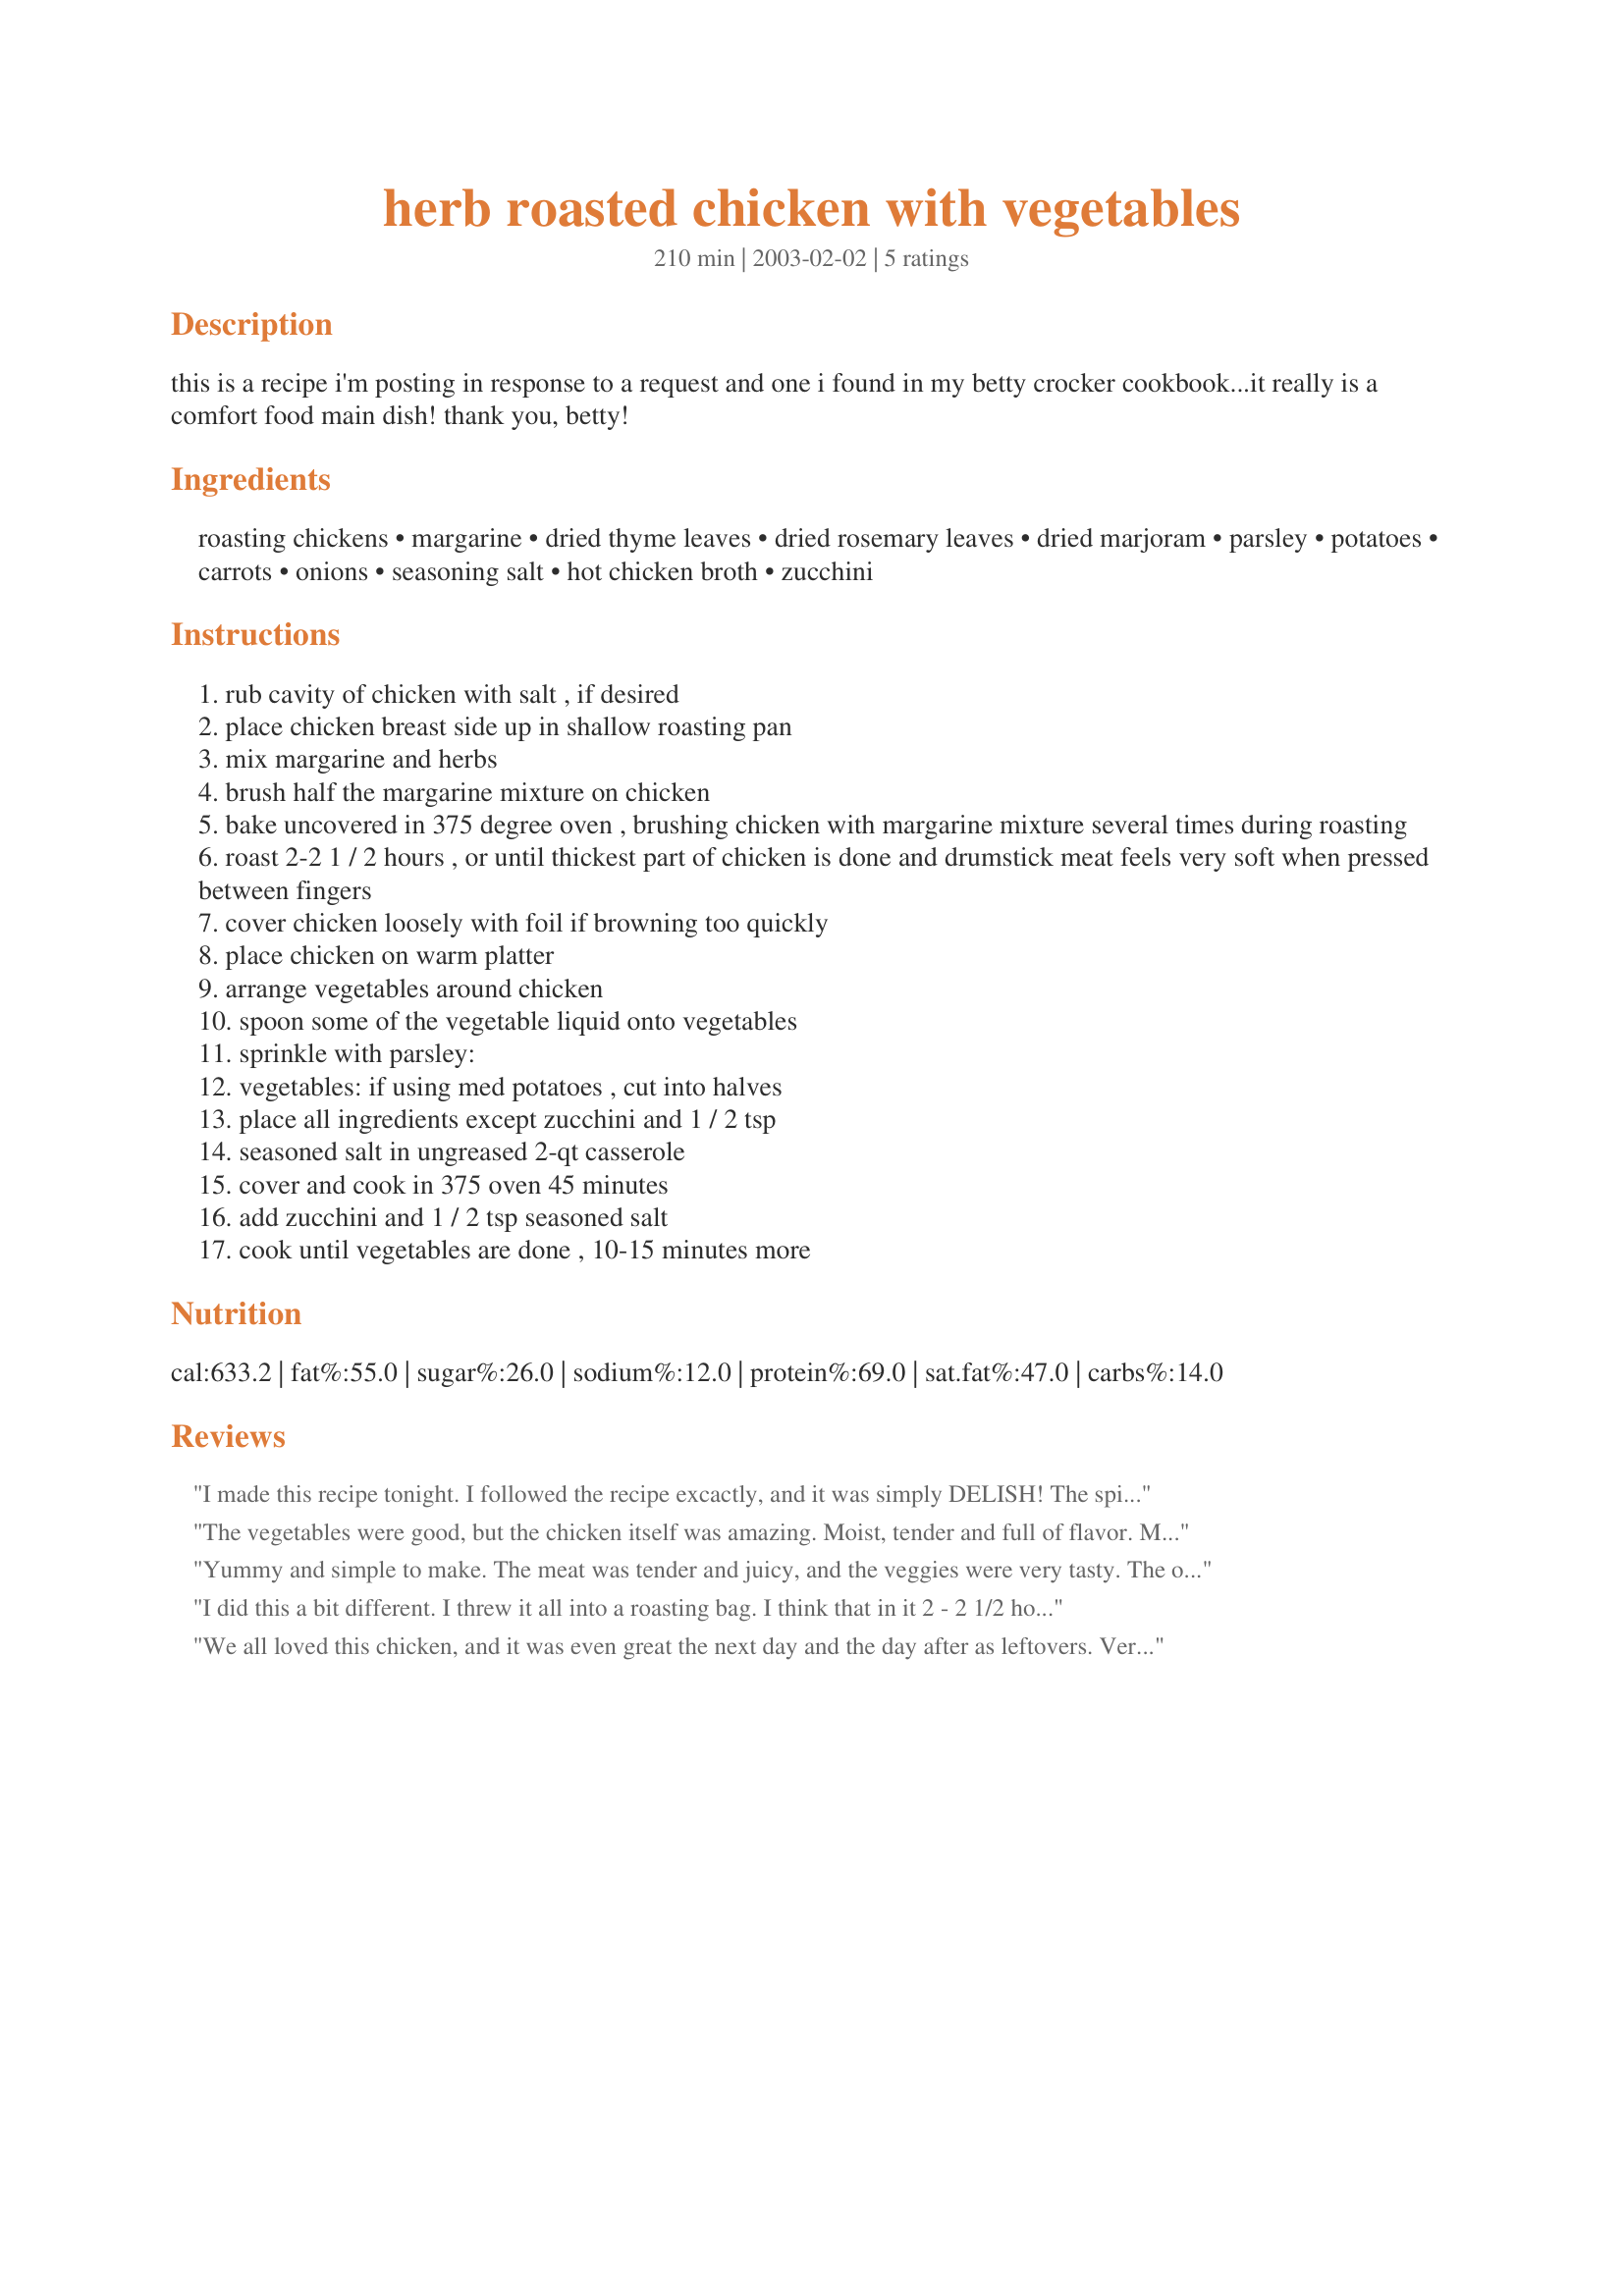
herb roasted chicken with vegetables
Preparation time: 210 minutes

this is a recipe i'm posting in response to a request and one i found in my betty crocker cookbook...it really is a comfort food main dish! thank you, betty!

Ingredients:
roasting chickens, margarine, dried thyme leaves, dried rosemary leaves, dried marjoram, parsley, potatoes, carrots, onions, seasoning salt, hot chicken broth, zucchini

Steps:
rub cavity of chicken with salt , if desired
place chicken breast side up in shallow roasting pan
mix margarine and herbs
brush half the margarine mixture on chicken
bake uncovered in 375 degree oven , brushing chicken with margarine mixture several times during roasting
roast 2-2 1 / 2 hours , or until thickest part of chicken is done and drumstick meat feels very soft when pressed between fingers
cover chicken loosely with foil if browning too quickly
place chicken on warm platter
arrange vegetables around chicken
spoon some of the vegetable liquid onto vegetables
sprinkle with parsley:
vegetables: if using med potatoes , cut into halves
place all ingredients except zucchini and 1 / 2 tsp
seasoned salt in ungreased 2-qt casserole
cover and cook in 375 oven 45 minutes
add zucchini and 1 / 2 tsp seasoned salt
cook until vegetables are done , 10-15 minutes more

Reviews:
I made this recipe tonight.

I followed the recipe excactly, and
it was simply DELISH! 

The spices compliment the dish nicely, giving the chicken great flavor.

It's a winner for sure :)


The vegetables were good, but the chicken itself was amazing. Moist, tender and full of flavor. Mine only needed an hour and a half to be perfectly done. Thank you.
Yummy and simple to make. The meat was tender and juicy, and the veggies were very tasty. The only drawback was the herb flavor was all in the skin of the chicken rather than in the meat. Next time, I think I'll marinate the meat in the herbs for a few hours to get a stronger herb flavor.
I did this a bit different. I threw it all into a roasting bag. I think that in it 2 - 2 1/2 hours would be about perfect. Very tasty.
We all loved this chicken, and it was even great the next day and the day after as leftovers. Very moist and tender. I did stuff a couple of pieces of onion and carrots inside the bird, but other than that, the recipe is wonderful as is.
